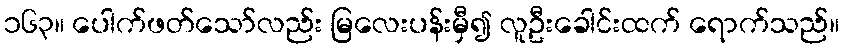
၁၆၃။ ပေါက်ဖတ်သော်လည်း မြလေးပန်းမှီ၍ လူဦးခေါင်းထက် ရောက်သည်။